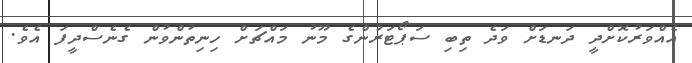
އެއްވަރުކޮށްދީ ދަނޑަށް ވަދެ ތިބި ސަޕޯޓަރުންގެ މޫނު މައްޗަށް ހިނިތުންވުން ގެނެސްދީފަ އެވެ.